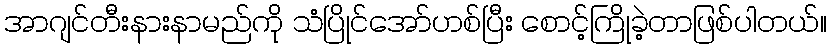
အာဂျင်တီးနားနာမည်ကို သံပြိုင်အော်ဟစ်ပြီး စောင့်ကြိုခဲ့တာဖြစ်ပါတယ်။